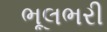
ભૂલભરી